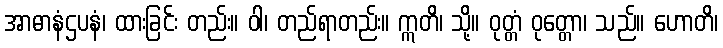
အာဓာနံဌပနံ၊ ထားခြင်း တည်း။ ဝါ၊ တည်ရာတည်း။ ဣတိ၊ သို့။ ဝုတ္တံ ဝုတ္တော၊ သည်။ ဟောတိ၊